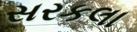
સરકલા